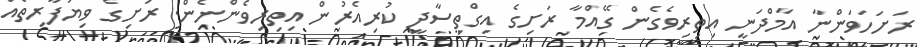
ރަށަހަވަންނާ އާމްދަނީ އިތިރިވެގެން ގޭއްމާ ރަށިގެ އިގްތިސާދީ ކުރިއެރުން އިތިރިވެންނެން. ރަށިގެ ވިޔަފާރިތެއް